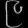
Digit: ၉